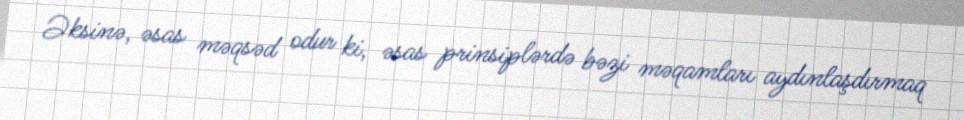
Əksinə, əsas məqsəd odur ki, əsas prinsiplərdə bəzi məqamları aydınlaşdırmaq